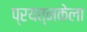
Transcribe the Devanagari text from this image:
प्रयत्नकेला